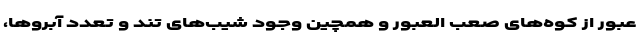
عبور از کوه‌های صعب العبور و همچین وجود شیب‌های تند و تعدد آبروها،